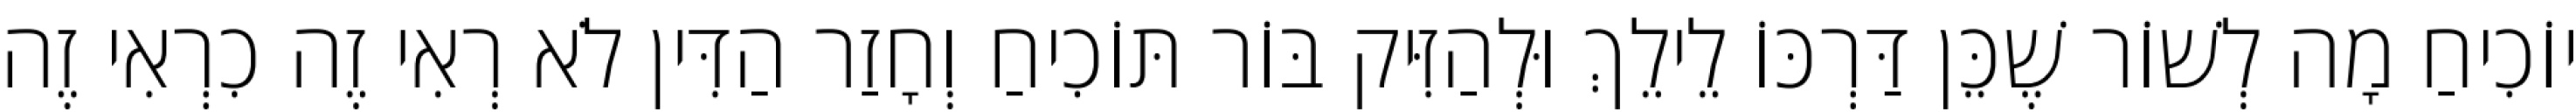
יוֹכִיחַ מָה לְשׁוֹר שֶׁכֵּן דַּרְכּוֹ לֵילֵךְ וּלְהַזִּיק בּוֹר תּוֹכִיחַ וְחָזַר הַדִּין לֹא רְאִי זֶה כִרְאִי זֶה